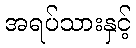
အရပ်သားနှင့်